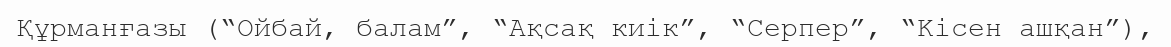
Құрманғазы (“Ойбай, балам”, “Ақсақ киік”, “Серпер”, “Kісен ашқан”),